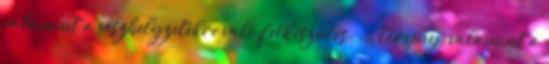
valamint a vészhelyzetekre való felkészülés. ... törvény, valamint a